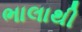
ભાલાથી